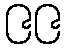
၉၉